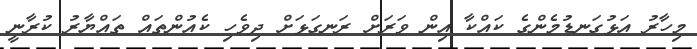
މިހާރު އަޅުގަނޑުމެންގެ ކައްކާ އިން ވަރަށް ރަނގަޅަށް ދިވެހި ކެއުންތައް ތައްޔާރު ކުރާނީ